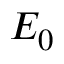
E _ { 0 }